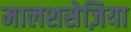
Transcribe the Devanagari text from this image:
मालशसेज़िया